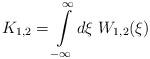
LaTeX: \begin{align*}K_{1,2}=\int\limits_{-\infty}^\infty d\xi\; W_{1,2}(\xi) \end{align*}